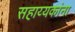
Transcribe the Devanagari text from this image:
सहाय्यकांना